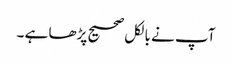
آپ نے بالکل صحیح پڑھا ہے ۔